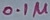
Text: 0.1µ